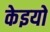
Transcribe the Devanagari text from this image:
केइयो